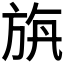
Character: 𣃯